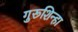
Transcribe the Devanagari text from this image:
गुरूशिन्हा